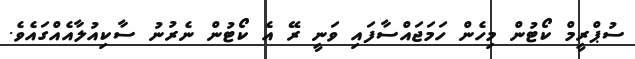
ސުޕްރީމް ކޯޓުން މިހެން ހަމަޖައްސާފައި ވަނީ ރޭ އެ ކޯޓުން ނެރުނު ސާކިއުލާއެއްގައެވެ.